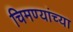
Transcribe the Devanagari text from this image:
चिमण्यांच्या